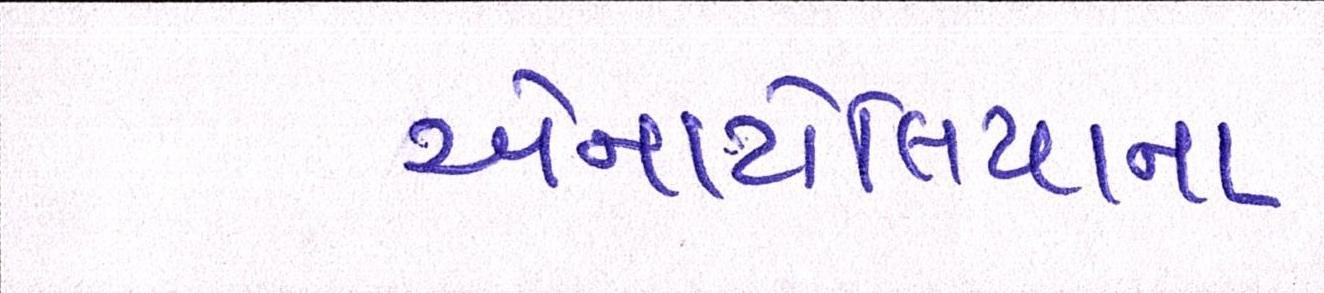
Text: એનાટોલિયાના